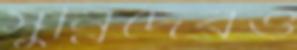
সুন্নিদেরও